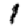
Digit: 1